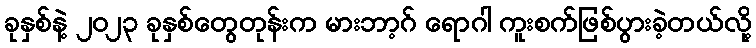
ခုနှစ်နဲ့ ၂၀၂၃ ခုနှစ်တွေတုန်းက မားဘာ့ဂ် ရောဂါ ကူးစက်ဖြစ်ပွားခဲ့တယ်လို့